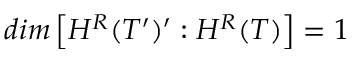
d i m \left[ H ^ { R } ( { \cal T } ^ { \prime } ) ^ { \prime } : H ^ { R } ( { \cal T } ) \right] = 1